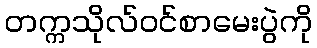
တက္ကသိုလ်ဝင်စာမေးပွဲကို